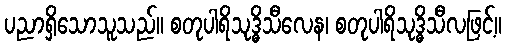
ပညာရှိသောသူသည်။ စတုပါရိသုဒ္ဓိသီလေန၊ စတုပါရိသုဒ္ဓိသီလဖြင့်။